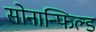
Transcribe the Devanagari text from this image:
सोनान्फिल्ड